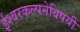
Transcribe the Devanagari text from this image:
ईश्वरकल्पनेविषयी